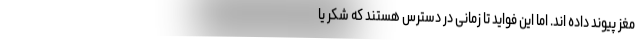
مغز پیوند داده اند. اما این فواید تا زمانی در دسترس هستند که شکر یا